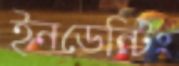
ইনডেন্টিং